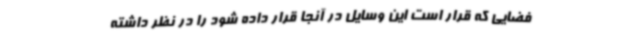
فضایی که قرار است این وسایل در آنجا قرار داده شود را در نظر داشته